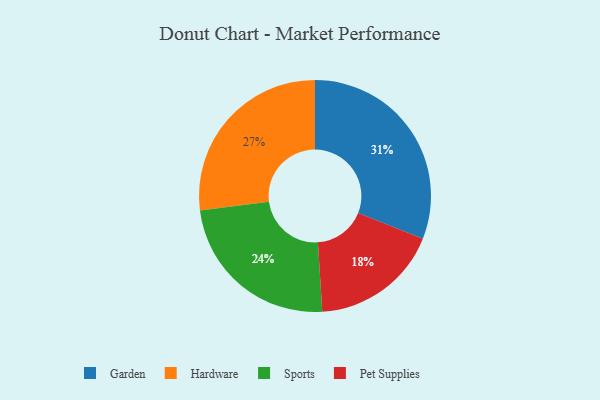
{"axis": {"x": "Category", "y": "Percentage"}, "legend": ["Garden", "Hardware", "Pet Supplies", "Sports"], "data": [{"x": "Garden", "y": 31, "type": "Garden"}, {"x": "Hardware", "y": 27, "type": "Hardware"}, {"x": "Sports", "y": 24, "type": "Sports"}, {"x": "Pet Supplies", "y": 18, "type": "Pet Supplies"}]}